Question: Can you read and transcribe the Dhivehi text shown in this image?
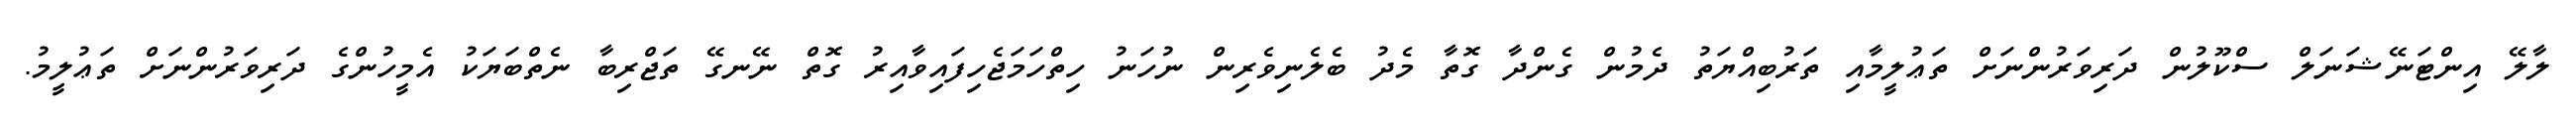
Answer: ލާލޭ އިންޓަނޭޝަނަލް ސްކޫލުން ދަރިވަރުންނަށް ތަޢުލީމާއި ތަރުބިއްޔަތު ދެމުން ގެންދާ ގޮތާ މެދު ބެލެނިވެރިން ނުހަނު ހިތްހަމަޖެހިފައިވާއިރު ގޮތް ނޭނގޭ ތަޖްރިބާ ނެތްބަޔަކު އެމީހުންގެ ދަރިވަރުންނަށް ތަޢުލީމު.